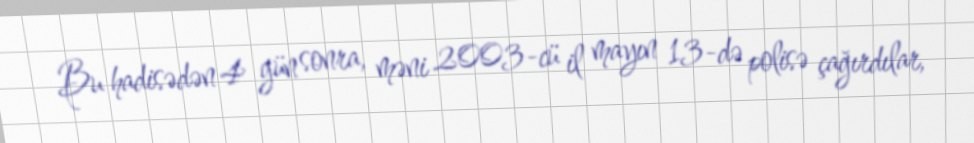
Bu hadisədən 4 gün sonra, məni 2003-cü il mayın 13-də polisə çağırdılar,